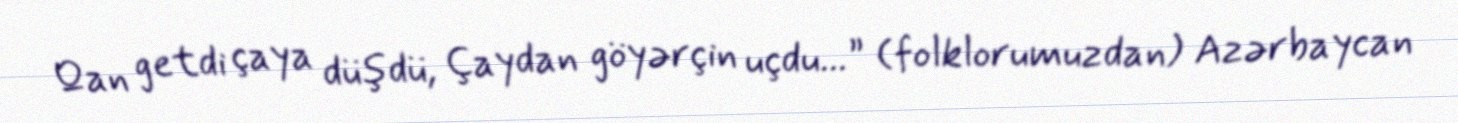
Qan getdi çaya düşdü, Çaydan göyərçin uçdu...” (folklorumuzdan) Azərbaycan